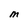
Character: M